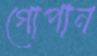
গোপান